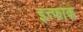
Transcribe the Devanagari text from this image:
इत्त्फाक